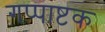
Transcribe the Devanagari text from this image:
गप्पाष्टक